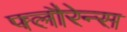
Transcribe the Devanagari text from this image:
फ्लौरेन्स